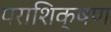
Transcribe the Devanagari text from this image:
पराशिक्षण